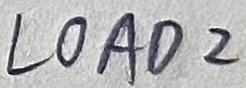
Text: LOAD2